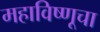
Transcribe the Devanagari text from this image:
महाविष्णूचा